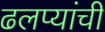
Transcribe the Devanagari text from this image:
ढलप्यांची